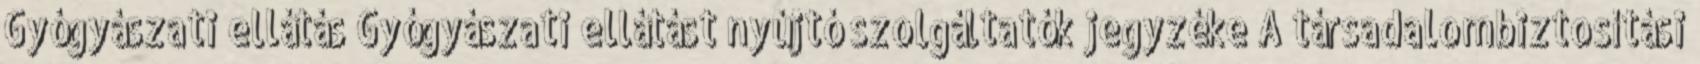
Gyógyászati ellátás Gyógyászati ellátást nyújtó szolgáltatók jegyzéke A társadalombiztosítási